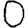
Digit: 0